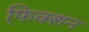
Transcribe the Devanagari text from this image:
फि़क्शन